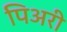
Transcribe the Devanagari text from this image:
पिअरी